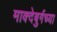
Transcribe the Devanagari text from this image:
माक्देबुर्गच्या